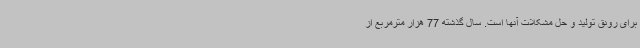
برای رونق تولید و حل مشکلات آنها است. سال گذشته 77 هزار مترمربع از